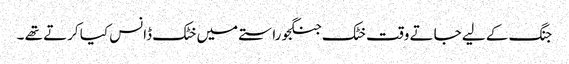
جنگ کے لیے جاتے وقت خٹک جنگجو راستے میں خٹک ڈانس کیا کرتے تھے ۔